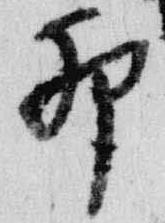
卯